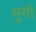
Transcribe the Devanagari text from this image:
मूगी